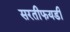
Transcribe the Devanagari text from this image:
सरतीफयडी